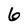
Character: 6